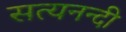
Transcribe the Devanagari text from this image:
सत्यनन्दी